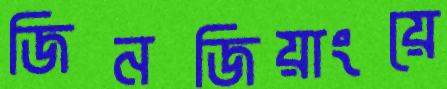
জিনজিয়াংয়ে